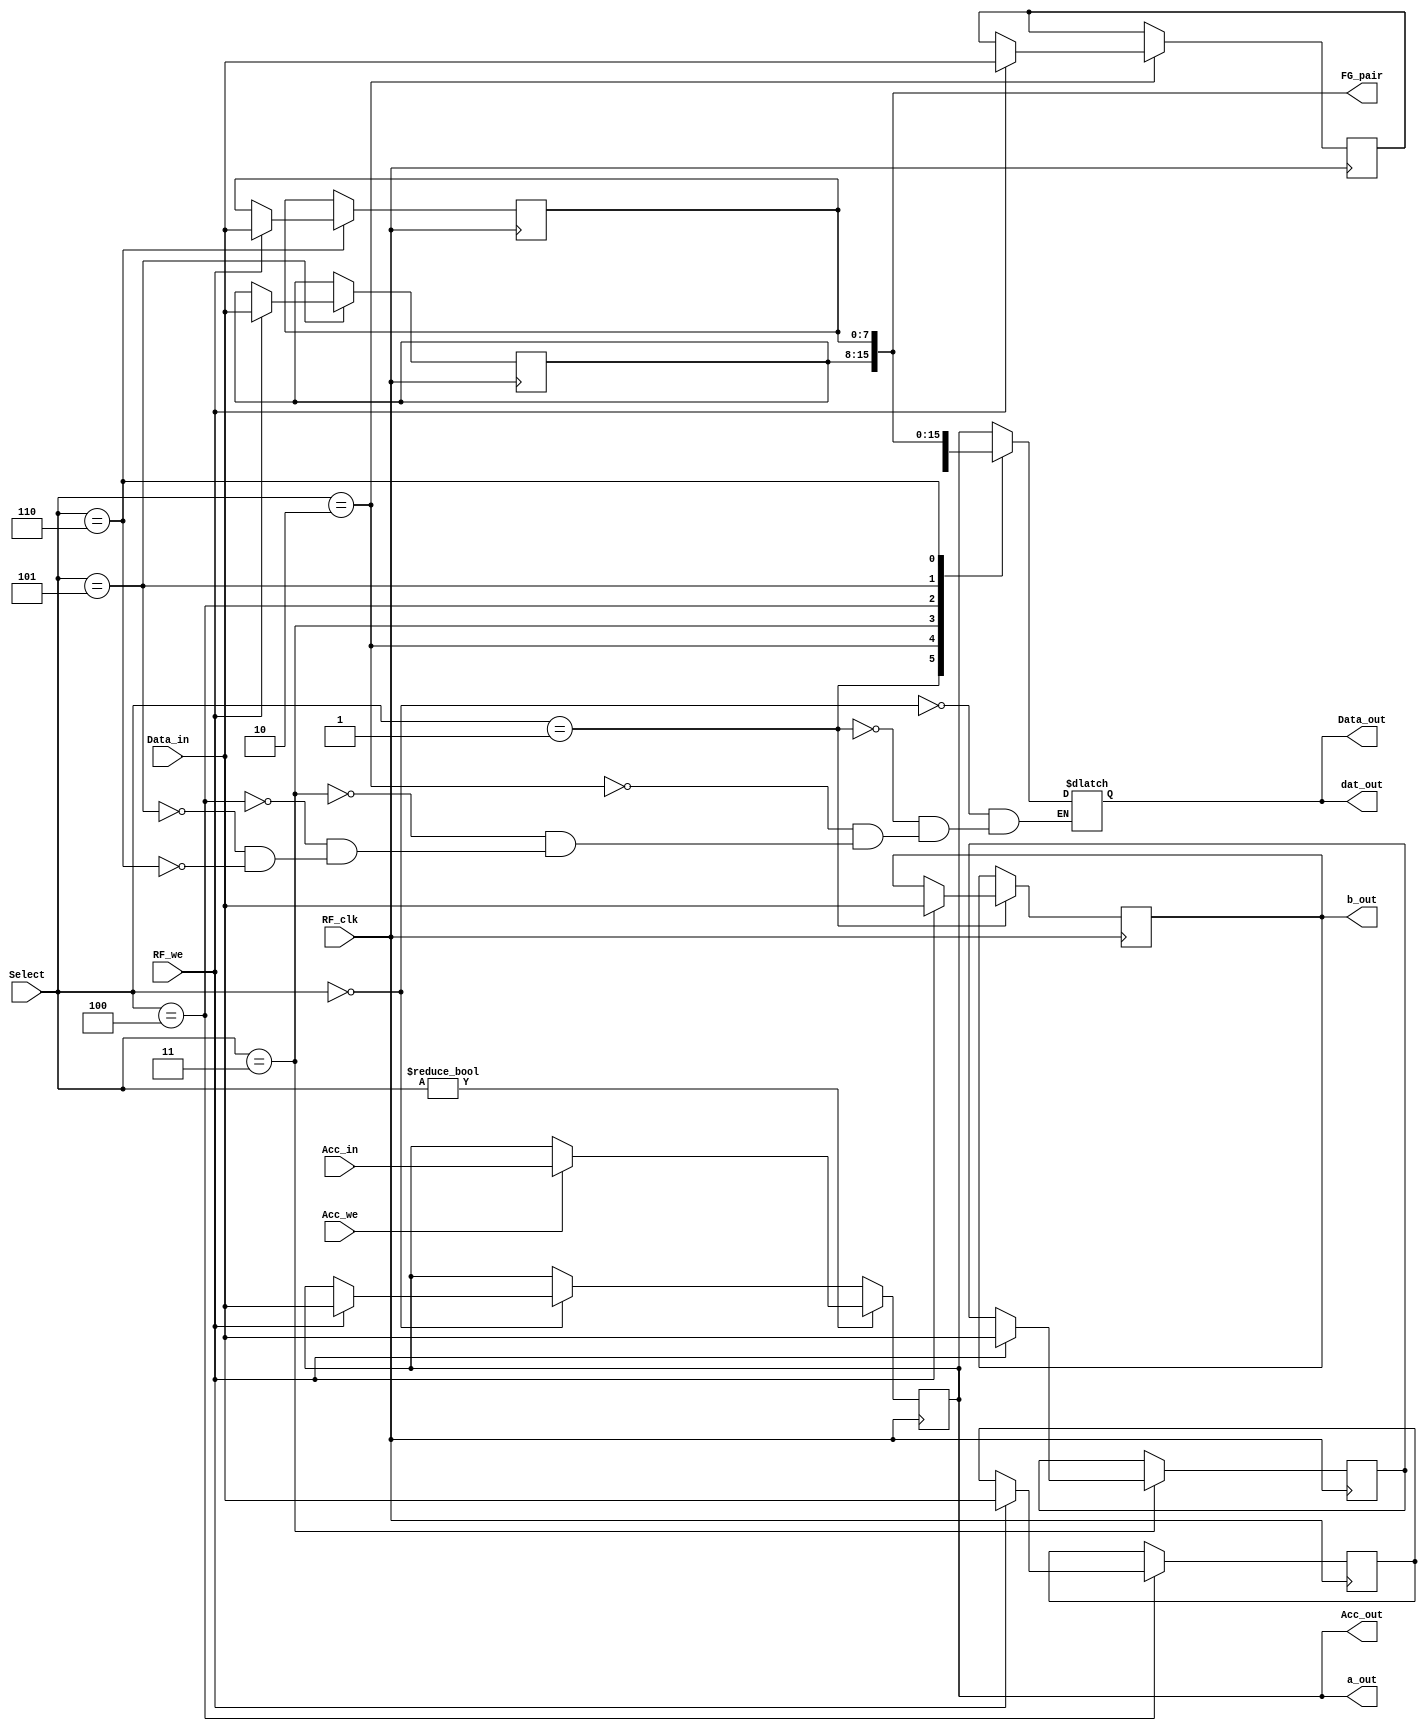
module RF(Data_in,Select,Acc_in,Data_out,Acc_out,RF_we,Acc_we,RF_clk,FG_pair,b_out,a_out,dat_out
    );
	input[7:0] Data_in;
	input[2:0] Select;
	input[7:0] Acc_in;
	output[7:0] Data_out;
	output[7:0] Acc_out;
	output[15:0] FG_pair;
	input RF_we;
	input Acc_we;
	input RF_clk;
	output[7:0] b_out,a_out,dat_out;
	
	reg[7:0] Data_out;
	reg[7:0] Acc,B,C,D,E,F,G;
	initial 
		begin
			Acc <= 8'h49;
			B <= 8'h06;
			C <= 8'h06;
		end	
	always @(posedge RF_clk)
	begin
		case(Select)
		3'b000: Acc <= (RF_we ? Data_in: Acc); 
		3'b001: B <= (RF_we ? Data_in: B);
		3'b010: C <= (RF_we ? Data_in: C);
		3'b011: D <= (RF_we ? Data_in: D);
		3'b100: E <= (RF_we ? Data_in: E);
		3'b101: F <= (RF_we ? Data_in: F);
		3'b110: G <= (RF_we ? Data_in: G);
		
		endcase
		if (Select != 3'b000)
			Acc <= Acc_we ? Acc_in : Acc;
	end
	
	
	always @(Select or Acc or B or C or D or E or F or G)
	begin
		case (Select)
		3'b000: Data_out <= Acc;
		3'b001: Data_out <= B;
		3'b010: Data_out <= C;
		3'b011: Data_out <= D;
		3'b100: Data_out <= E;
		3'b101: Data_out <= F;
		3'b110: Data_out <= G;
		endcase
	end
	
	assign Acc_out = Acc;
	assign FG_pair = {F,G};
	assign b_out = B;
	assign a_out = Acc;
	assign dat_out = Data_out;
endmodule